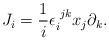
LaTeX: \begin{align*}J_i = {1\over i} \epsilon_i^{\,\, jk} x_j \partial_k.\end{align*}